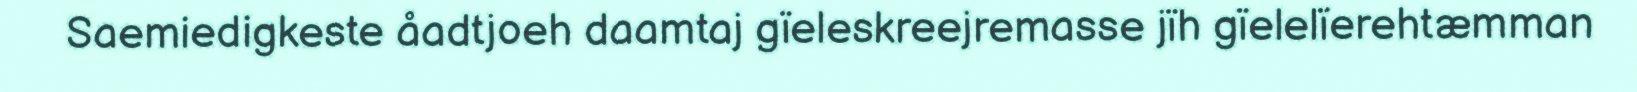
Saemiedigkeste åadtjoeh daamtaj gïeleskreejremasse jïh gïelelïerehtæmman